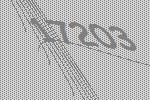
17203